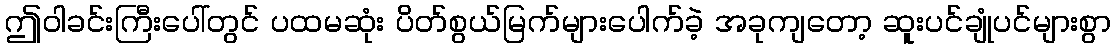
ဤဝါခင်းကြီးပေါ်တွင် ပထမဆုံး ပိတ်စွယ်မြက်များပေါက်ခဲ့ အခုကျတော့ ဆူးပင်ချုံပင်များစွာ